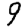
Digit: 9